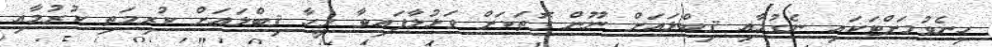
ހިނެވުމަށްޓަކައި ނެގުމާއި ޤިބްލައަށް ނޫން ގޮތަކަށް ވަޅުލާފައިވާ މީހާ ޤިބްލައަށް ކުރިމަތި ކުރުމާއި